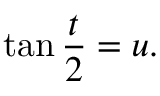
\tan { \frac { t } { 2 } } = u .